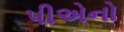
પીએનો